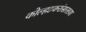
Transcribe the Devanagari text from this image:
कोल्हटकरांसारख्या